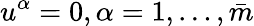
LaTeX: u^{\alpha}=0,\alpha=1,\ldots,\bar{m}